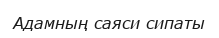
Адамның саяси сипаты